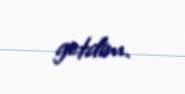
getdim.